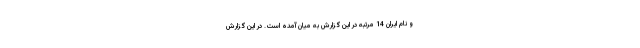
و نام ایران 14 مرتبه در این گزارش به میان آمده است. در این گزارش